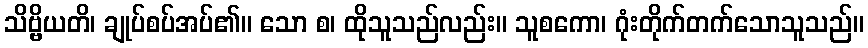
သိဗ္ဗိယတိ၊ ချုပ်စပ်အပ်၏။ သော စ၊ ထိုသူသည်လည်း။ သူစကော၊ ဂုံးတိုက်တက်သောသူသည်။